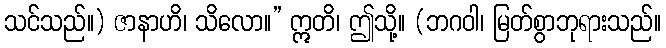
သင်သည်။) ဇာနာဟိ၊ သိလော။” ဣတိ၊ ဤသို့။ (ဘဂဝါ၊ မြတ်စွာဘုရားသည်။